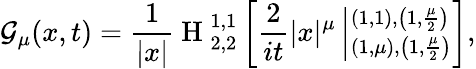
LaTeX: {\cal{G}}_{\mu}(x,t)=\frac{1}{|x|}{\mathrm{~H~}}_{2,2}^{1,1}\left[\frac{2}{it}|x|^{\mu}\left|^{\left(1,1\right),\left(1,\frac{\mu}{2}\right)}_{\left(1,\mu\right),\left(1,\frac{\mu}{2}\right)}\right.\right],